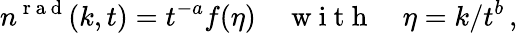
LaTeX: n^{\mathrm{~r~a~d~}}(k,t)=t^{-a}f(\eta)\quad\mathrm{~w~i~t~h~}\quad\eta=k/t^{b}\, ,